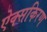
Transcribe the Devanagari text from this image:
ऐक्सकिरण